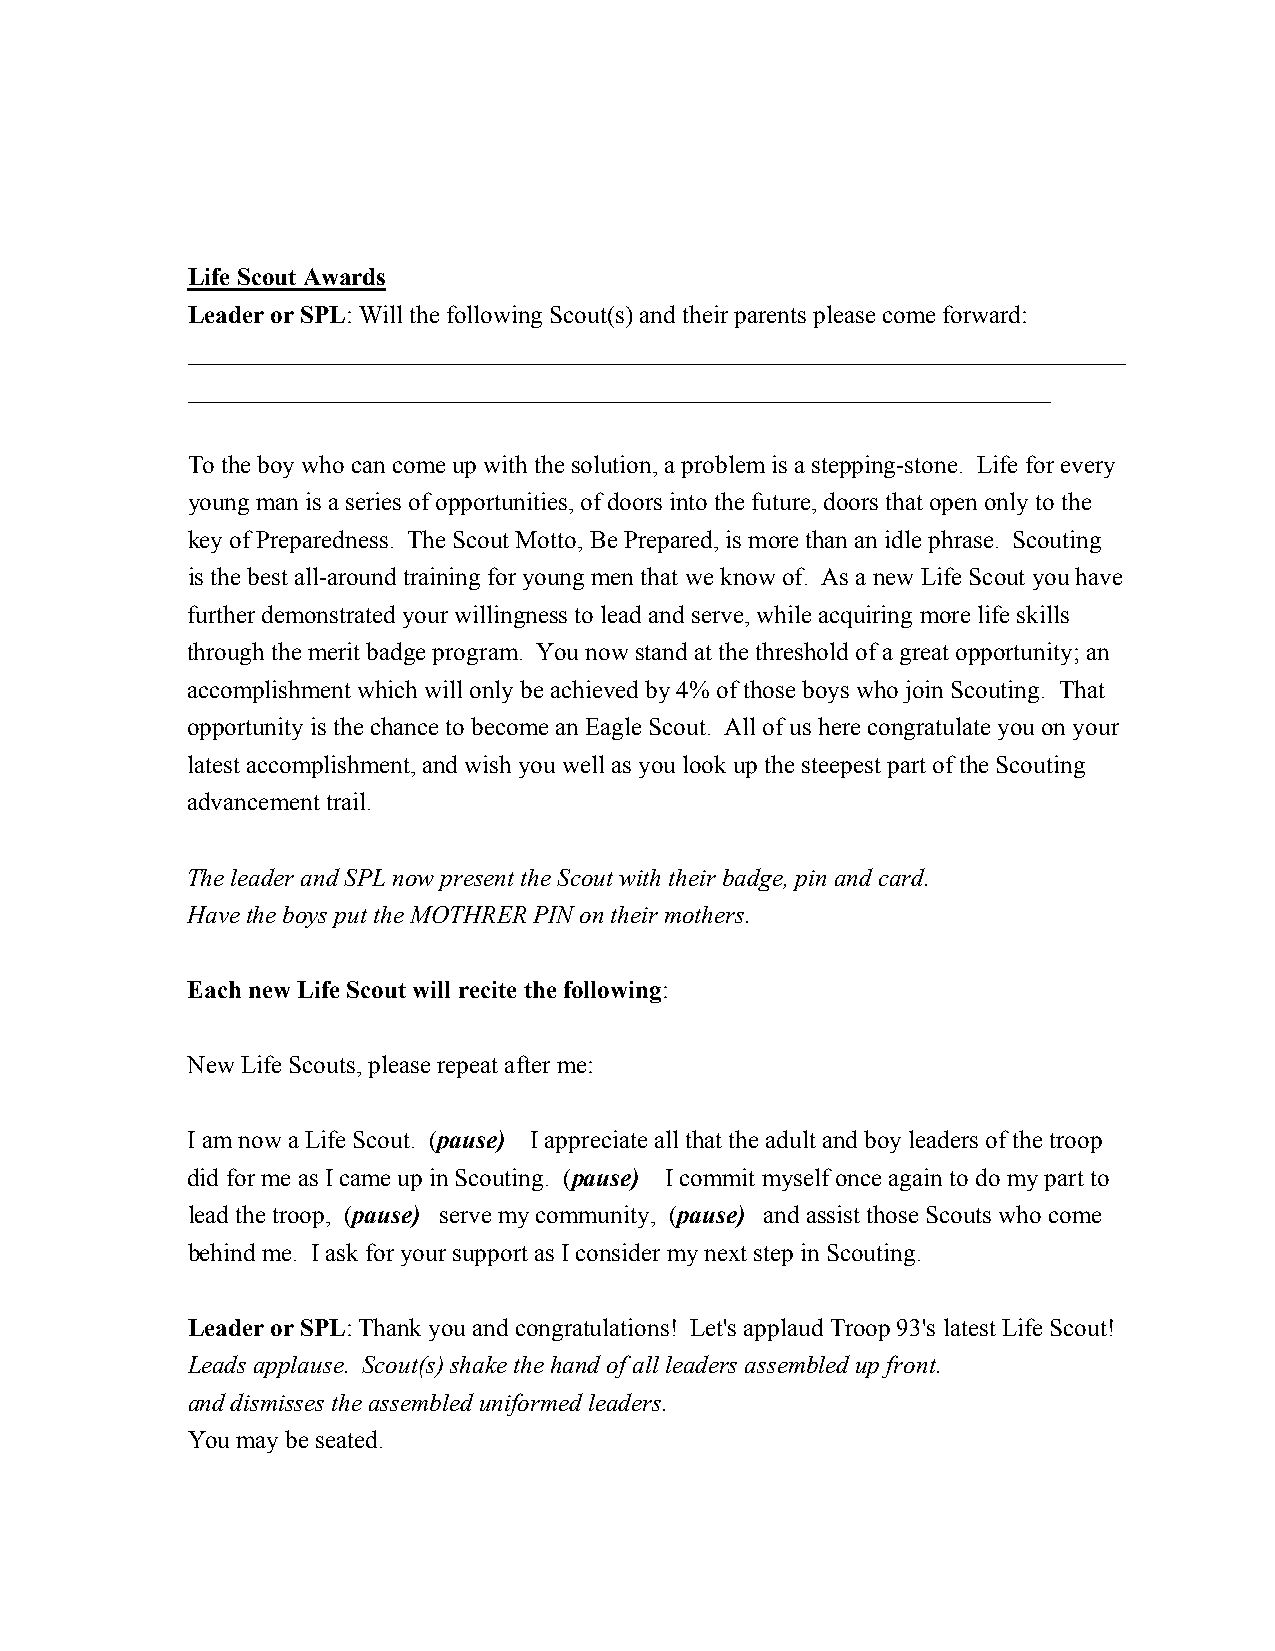
Life Scout Awards
 Leader or SPL: Will the following Scout(s) and their parents please come forward:
 ___________________________________________________________________________
 _____________________________________________________________________
 To the boy who can come up with the solution, a problem is a stepping-stone. Life for every
 young man is a series of opportunities, of doors into the future, doors that open only to the
 key of Preparedness. The Scout Motto, Be Prepared, is more than an idle phrase. Scouting
 is the best all-around training for young men that we know of. As a new Life Scout you have
 further demonstrated your willingness to lead and serve, while acquiring more life skills
 through the merit badge program. You now stand at the threshold of a great opportunity; an
 accomplishment which will only be achieved by 4% of those boys who join Scouting. That
 opportunity is the chance to become an Eagle Scout. All of us here congratulate you on your
 latest accomplishment, and wish you well as you look up the steepest part of the Scouting
 advancement trail.
 The leader and SPL now present the Scout with their badge, pin and card.
 Have the boys put the MOTHRER PIN on their mothers.
 Each new Life Scout will recite the following:
 New Life Scouts, please repeat after me:
 I am now a Life Scout. (pause) I appreciate all that the adult and boy leaders of the troop
 did for me as I came up in Scouting. (pause) I commit myself once again to do my part to
 lead the troop, (pause) serve my community, (pause) and assist those Scouts who come
 behind me. I ask for your support as I consider my next step in Scouting.
 Leader or SPL: Thank you and congratulations! Let's applaud Troop 93's latest Life Scout!
 Leads applause. Scout(s) shake the hand of all leaders assembled up front.
 and dismisses the assembled uniformed leaders.
 You may be seated.